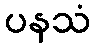
ပနသံ